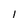
Character: 1